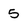
Character: 5